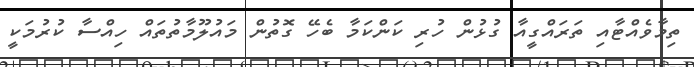
ތިމާވެއްޓާއި ތަރައްގީއާ ގުޅުން ހުރި ކަންކަމާ ބެހޭ ގޮތުން މައުލޫމާތުތައް ހިއްސާ ކުރުމަކީ